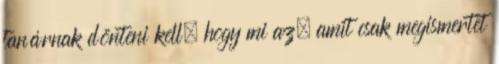
tanárnak dönteni kell, hogy mi az, amit csak megismertet